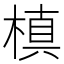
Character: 槙